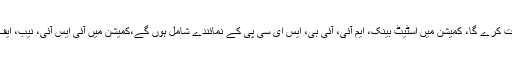
کمیشن 2008 تا 2018 حکومتی قرضوں کی تحقیقات کرے گا، کمیشن میں اسٹیٹ بینک، ایم آئی، آئی بی، ایس ای سی پی کے نمائندے شامل ہوں گے،کمیشن میں آئی ایس آئی، نیب، ایف آئی اے، اے جی پی آر کے نمائندے شامل ہوں گے۔